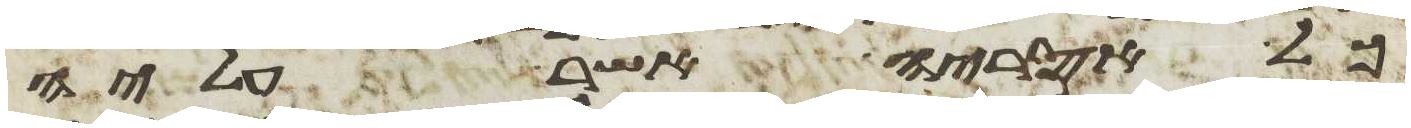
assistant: כל אסריה אשר עליה